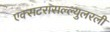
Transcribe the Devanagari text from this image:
एक्सटरासल्ल्युलरली